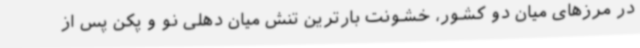
در مرزهای میان دو کشور، خشونت بارترین تنش میان دهلی نو و پکن پس از